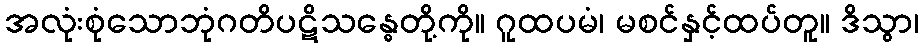
အလုံးစုံသောဘုံဂတိပဋိသန္ဓေတို့ကို။ ဂူထပမံ၊ မစင်နှင့်ထပ်တူ။ ဒိသွာ၊